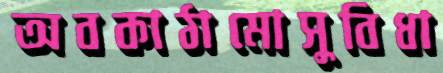
অবকাঠামোসুবিধা